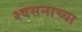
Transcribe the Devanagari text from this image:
श्वसनाच्या